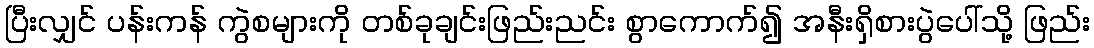
ပြီးလျှင် ပန်းကန် ကွဲစများကို တစ်ခုချင်းဖြည်းညင်း စွာကောက်၍ အနီးရှိစားပွဲပေါ်သို့ ဖြည်း